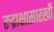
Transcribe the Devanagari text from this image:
रुद्राक्षासारखी